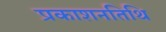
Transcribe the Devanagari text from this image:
प्रकाशनतिथि